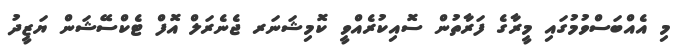
މި އެއްބަސްވުމުގައި މީރާގެ ފަރާތުން ސޮއިކުރެއްވީ ކޮމިޝަނަރ ޖެނެރަލް އޮފް ޓެކްސޭޝަން ޔަޒީދު